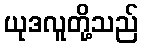
ယုဒလူတို့သည်